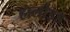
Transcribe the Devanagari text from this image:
हालोइड